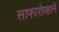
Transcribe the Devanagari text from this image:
साफारोव्हाने